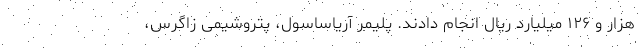
هزار و ۱۲۶ میلیارد ریال انجام دادند. پلیمر آریاساسول، پتروشیمی زاگرس،